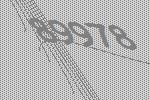
89978